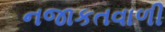
નજાકતવાળી